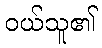
ဝယ်သူ၏